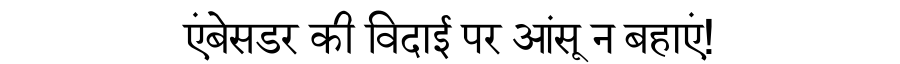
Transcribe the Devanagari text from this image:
एंबेसडर की विदाई पर आंसू न बहाएं!